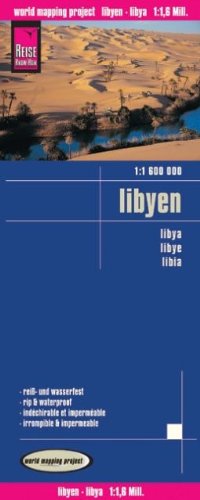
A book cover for Libya 1:1,600,000 waterproof map, GPS-compatible, REISE; Reise Knowhow; Travel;